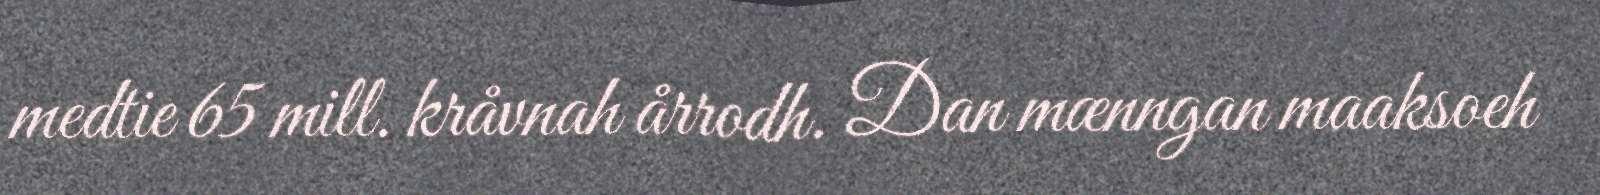
medtie 65 mill. kråvnah årrodh. Dan mænngan maaksoeh